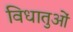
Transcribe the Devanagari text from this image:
विधातुओं